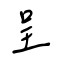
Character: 呈